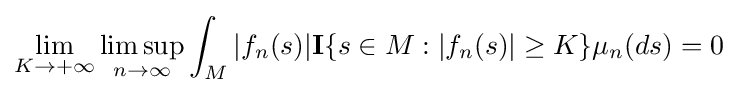
\lim _{K\rightarrow +\infty }\limsup _{n\rightarrow \infty }\int _{M}|f_{n}(s)|\mathbf {I} \{s\in M:|f_{n}(s)|\geq K\}\mu _{n}(ds)=0